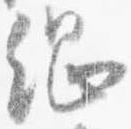
綱